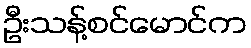
ဦးသန့်စင်မောင်က